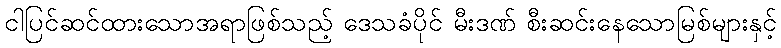
ငါပြင်ဆင်ထားသောအရာဖြစ်သည့် ဒေသခံပိုင် မီးဒဏ် စီးဆင်းနေသောမြစ်များနှင့်